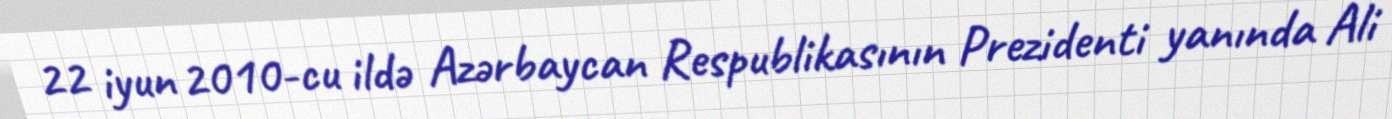
22 iyun 2010-cu ildə Azərbaycan Respublikasının Prezidenti yanında Ali